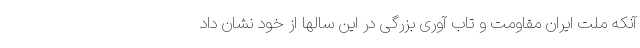
آنکه ملت ایران مقاومت و تاب آوری بزرگی در این سالها از خود نشان داد